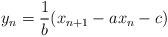
LaTeX: \begin{align*}y_{n}=\frac{1}{b}(x_{n+1}-ax_{n}-c) \end{align*}